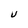
Character: U